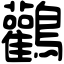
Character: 鸛